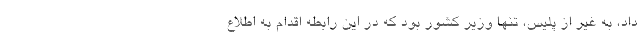
داد، به غیر از پلیس، تنها وزیر کشور بود که در این رابطه اقدام به اطلاع